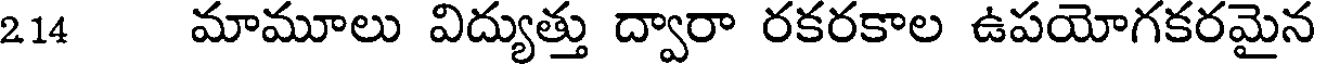
214 మామూలు విద్యుత్తు ద్వారా రకరకాల ఉపయోగకరమైన